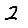
Digit: 2